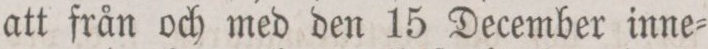
att från och med den 15 December inne=